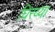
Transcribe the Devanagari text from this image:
घिरय्या